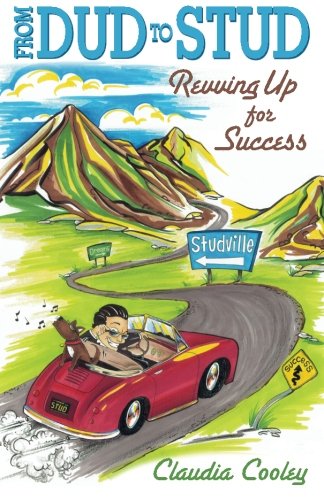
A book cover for From Dud to Stud: Revving Up for Success (Volume 1); Claudia Cooley; Business & Money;